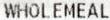
WHOLEMEAL